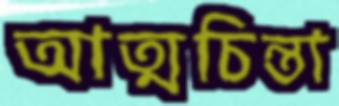
আত্মচিন্তা